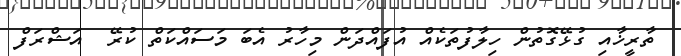
ތާރީޚާއި ގުޅޭގޮތުން ހިލާފުތަކެއް އުފައްދަން މިހާރު އެބަ މަސައްކަތް ކުރޭ  އަޝްރަފް